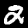
Digit: 2